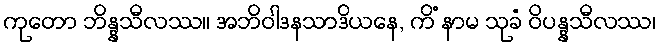
ကုတော ဘိန္နသီလဿ။ အဘိဝါဒနသာဒိယနေ, ကိံ နာမ သုခံ ဝိပန္နသီလဿ၊